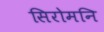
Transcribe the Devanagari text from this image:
सिरोमनि